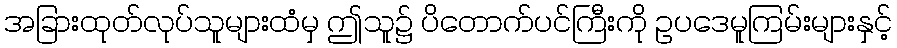
အခြားထုတ်လုပ်သူများထံမှ ဤသူ၌ ပိတောက်ပင်ကြီးကို ဥပဒေမူကြမ်းများနှင့်